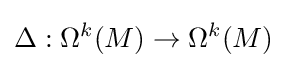
\Delta :\Omega ^{k}(M)\rightarrow \Omega ^{k}(M)